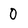
Character: 0